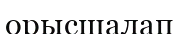
орысшалап